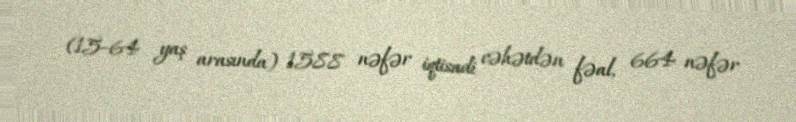
(15–64 yaş arasında) 1588 nəfər iqtisadi cəhətdən fəal, 664 nəfər